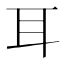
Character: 耳